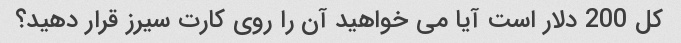
کل 200 دلار است آیا می خواهید آن را روی کارت سیرز قرار دهید؟